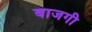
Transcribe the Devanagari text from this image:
बाजगी